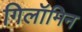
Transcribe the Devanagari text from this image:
गिलॉमिन